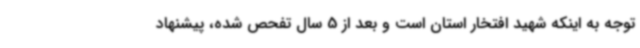
توجه به اینکه شهید افتخار استان است و بعد از 5 سال تفحص شده، پیشنهاد